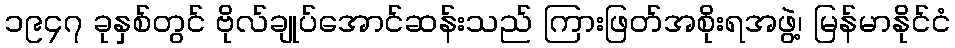
၁၉၄၇ ခုနှစ်တွင် ဗိုလ်ချုပ်အောင်ဆန်းသည် ကြားဖြတ်အစိုးရအဖွဲ့၊ မြန်မာနိုင်ငံ